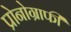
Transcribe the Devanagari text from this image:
प्रोनोग्राफी